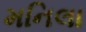
મનિલા